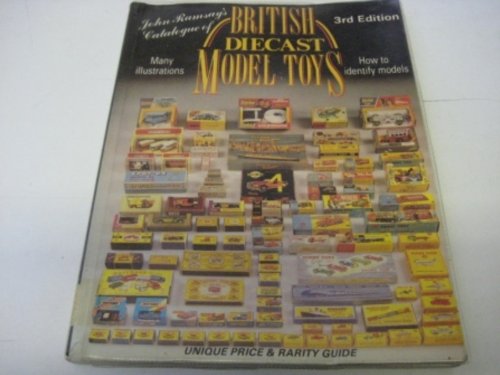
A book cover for Catalogue of British Diecast Model Toys; Crafts, Hobbies & Home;